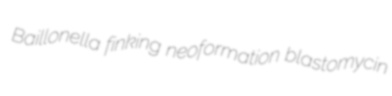
Baillonella finking neoformation blastomycin